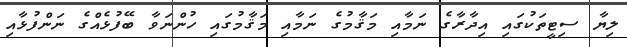
ލިޔާ ސިޓީތަކުގައި އިދާރާގެ ނަމާއި މަޤާމުގެ ނަމާއި މަޤާމުގައި ހުންނަވާ ބޭފުޅެއްގެ ނަންފުޅާއި